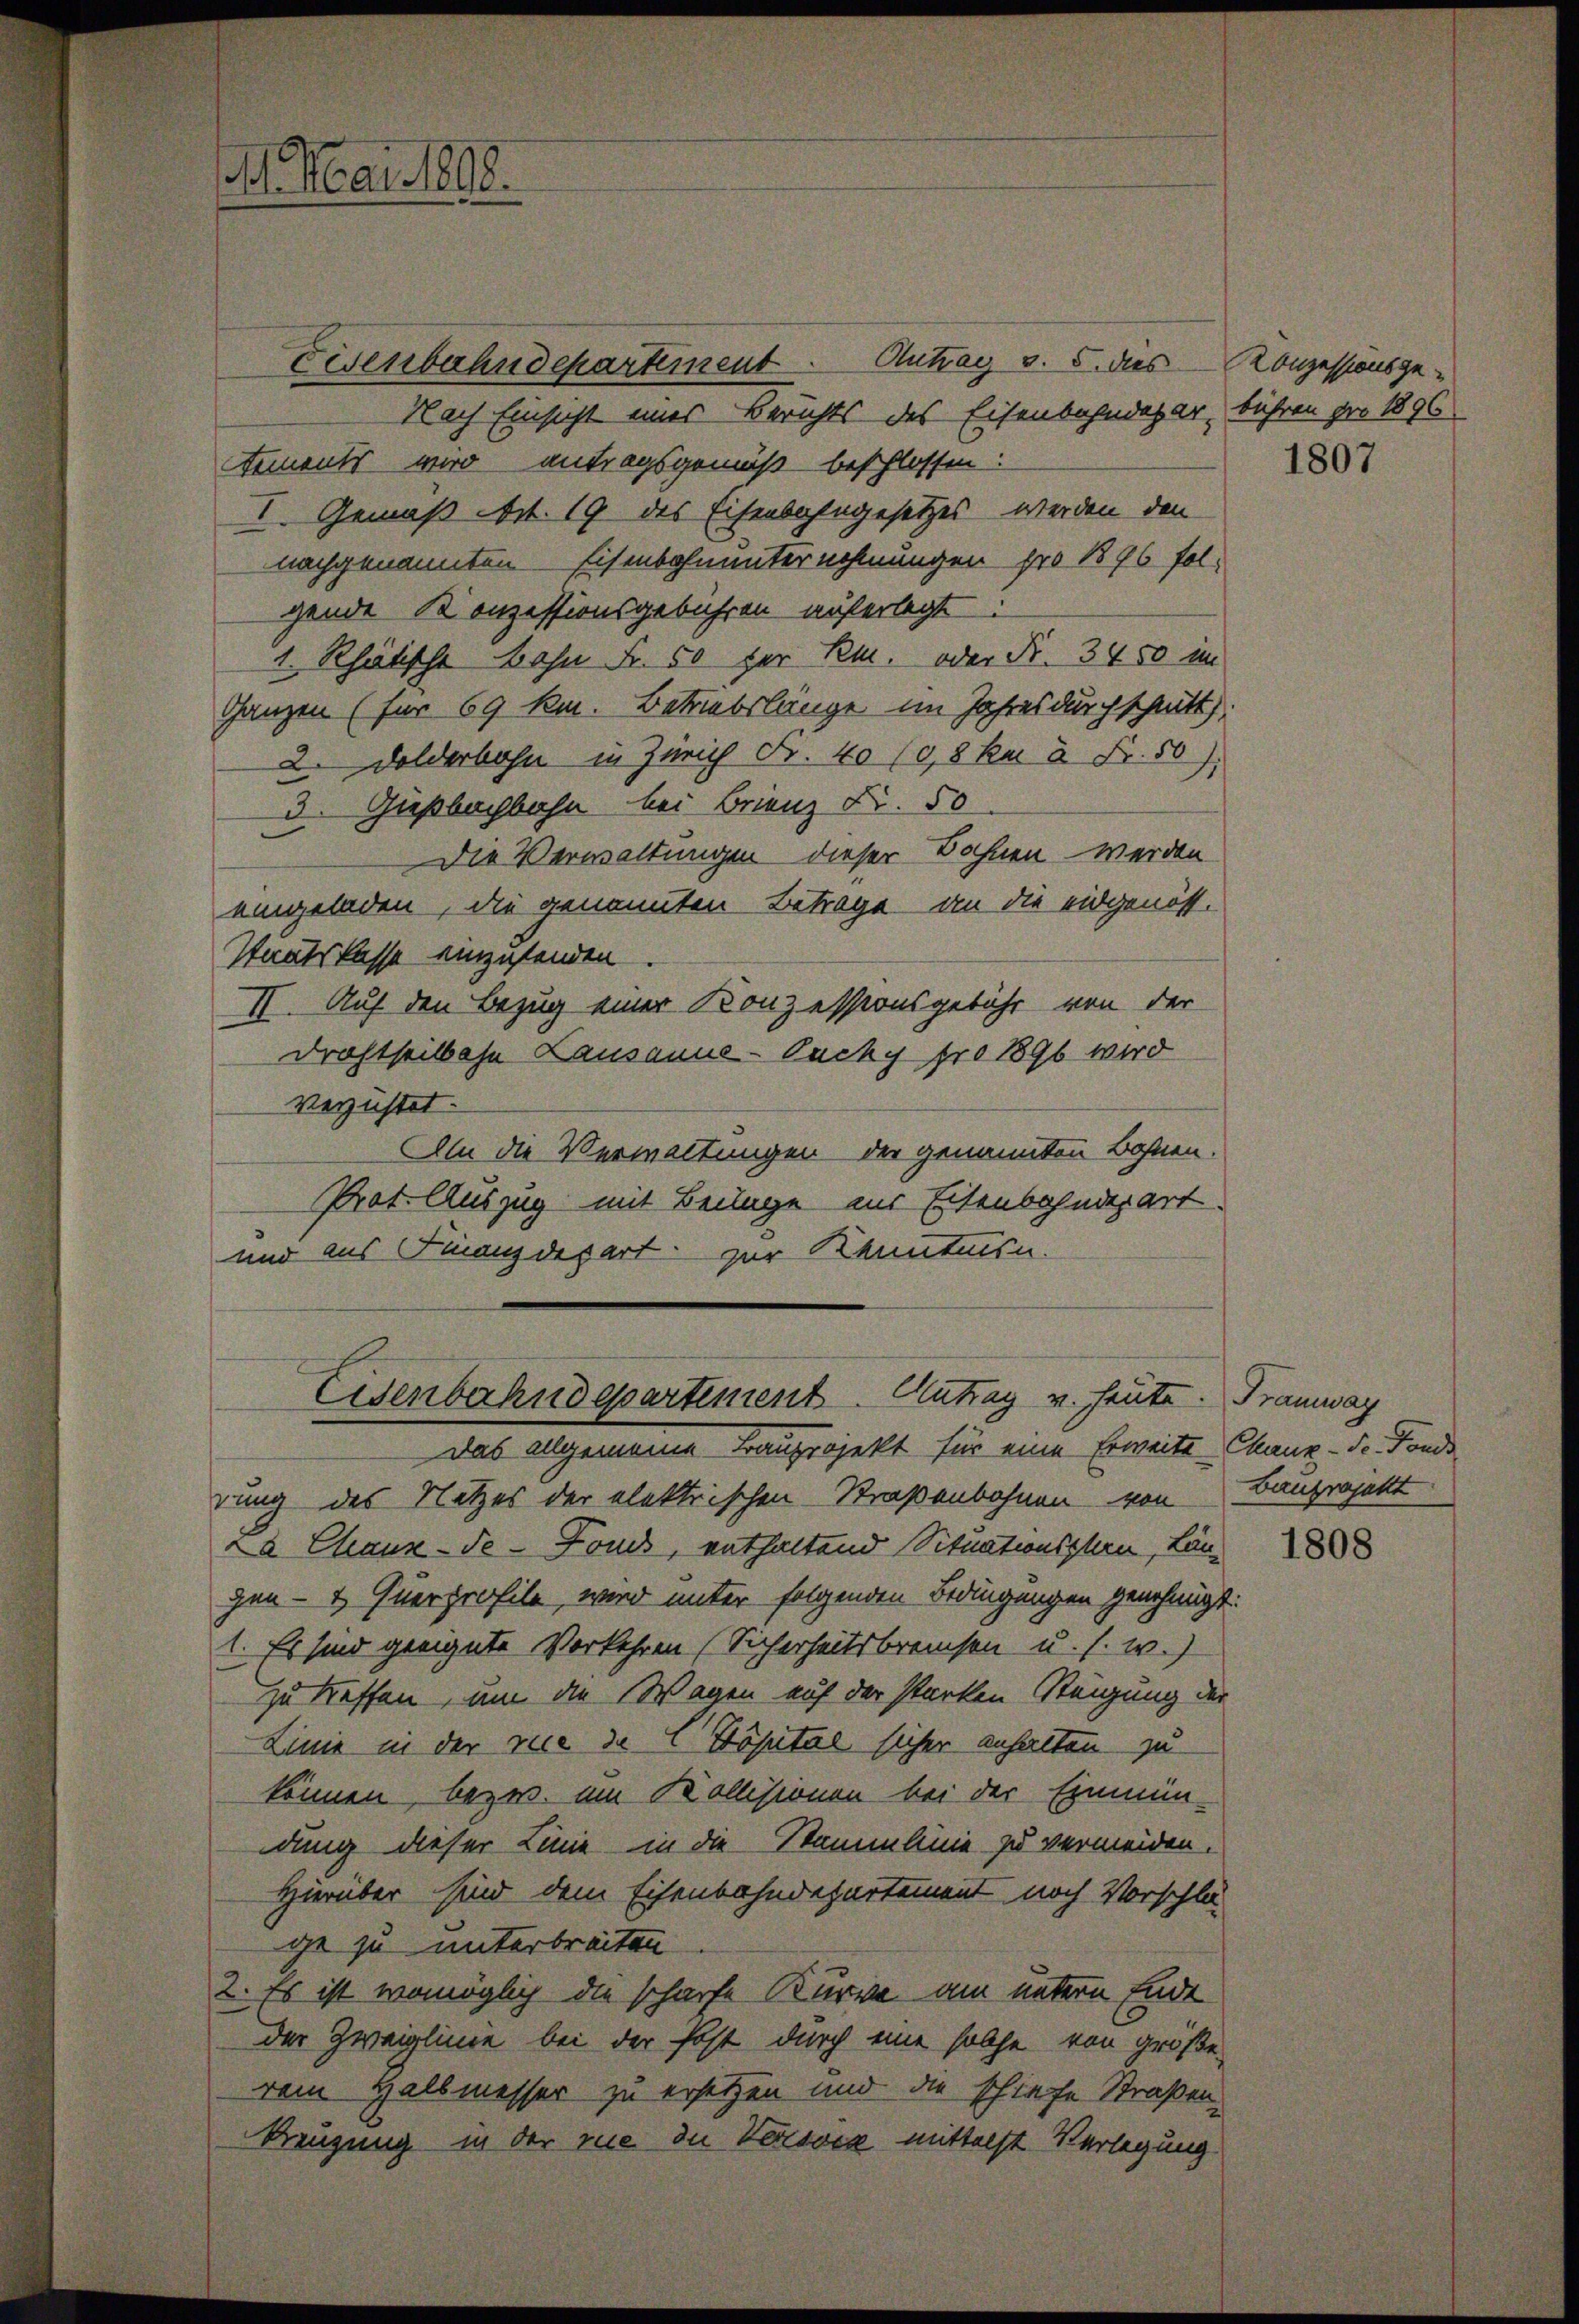
M. Mai 1808.

Eisenbahndepartement. Antrag v. 5. dies - Konzessionsge¬
Nach Einsicht eines Berichts des Eisenbahndepar, bühren pro 1896
Aements wird antragsgemäß beschlossen:
I. Gemäß Art. 19 des Eisenbahngesetzes werden den
nachgenannten Eisenbahnunternehmungen pro 1876 folgende Konzessionsgebühren auferlegt:
1. Rhätische Bahn Fr. 50 her R. oder Fr. 3450 im
Ganzen (für 69 km. Betriebslänge im Jahres durchschritt.
2. Dolderbahn in Zürich Fr. 40 (0,8 ka 8 Fr. 50
3. Gießbachbahn bei Brienz Fr. 50
Die Verwaltungen dieser Bahnen werden
eingeladen, die genannten Betrage an die eidgenöss.
Staatskasse einzusenden.
II. Auf den Bezug einer Konzessionsgebühr von der
Drahtseitbahn Lausanne-Ouchy pro 1896 wird
Verzustet.
A die Verwaltungen der genannten Bahnen.
Prot. Auszug mit Beilage aus Eisenbahndepart
und aus Finanzdepart zur Kenntnisn
Eisenbahndepartement. Antrag u. heute.
Das allgemeine Bauprojekt für eine Erweite Chaux-de-Fonds
rung des Netzes der elektrischen Straßenbahnen von
a Chaux-de-Fonds, enthaltend Situationschen, Langen- & Enerprofile, wird unter folgenden Bedingungen genehmigt:
1. Es sind geeignete Vorkehren (Sicherheitsbreichen u. s. w.)
zu treffen, um die Wagen auf der starken Steigung der
Linie in der Vice de Copital sicher anhalten zu
können, bezw. im Kollisionen bei der Einmün-
dung dieser Linie in die Stammlinie zu vermeiden.
Hierüber sind dem Eisenbahndepartement noch Vorschlä
ge zu unterbreiten
2. Es ist womöglich die scharfe Kurve am untern Ende
der Zweiglinie bei der Post durch eine solche von größe
rem Halbmesser zu ersetzen und die schiefe Straßen
Kreuzung in der rice du Versvex mittelst Verlegung

1807

Tramwag
Bauprojekt

1808